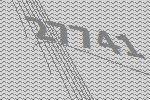
27741